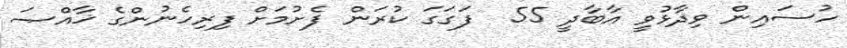
ހުސައިން ވިދާޅުވީ އާބާދީ 55  ފަަގަގަ ކުރަން ފެށުމަށް ފިރިހެނުންގެ ޚާއްޞަ